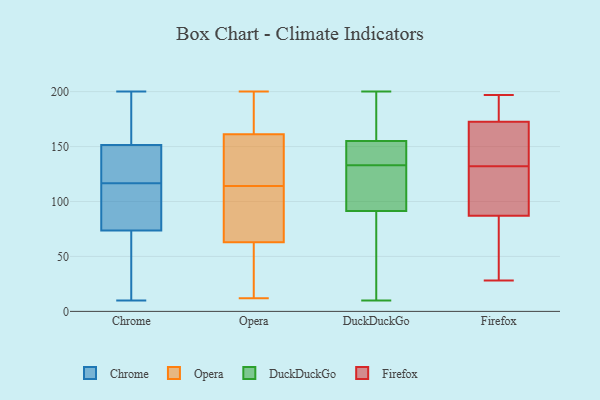
{"axis": {"x": "Customer Acquisition Cost (USD)", "y": "Value"}, "legend": ["Chrome", "DuckDuckGo", "Firefox", "Opera"], "data": [{"x": "", "y": 148, "type": "Chrome"}, {"x": "", "y": 90, "type": "Chrome"}, {"x": "", "y": 155, "type": "Chrome"}, {"x": "", "y": 163, "type": "Chrome"}, {"x": "", "y": 34, "type": "Chrome"}, {"x": "", "y": 119, "type": "Chrome"}, {"x": "", "y": 122, "type": "Chrome"}, {"x": "", "y": 114, "type": "Chrome"}, {"x": "", "y": 90, "type": "Chrome"}, {"x": "", "y": 175, "type": "Chrome"}, {"x": "", "y": 185, "type": "Chrome"}, {"x": "", "y": 86, "type": "Chrome"}, {"x": "", "y": 20, "type": "Chrome"}, {"x": "", "y": 134, "type": "Chrome"}, {"x": "", "y": 113, "type": "Chrome"}, {"x": "", "y": 61, "type": "Chrome"}, {"x": "", "y": 200, "type": "Chrome"}, {"x": "", "y": 130, "type": "Chrome"}, {"x": "", "y": 10, "type": "Chrome"}, {"x": "", "y": 35, "type": "Chrome"}, {"x": "", "y": 28, "type": "Opera"}, {"x": "", "y": 170, "type": "Opera"}, {"x": "", "y": 19, "type": "Opera"}, {"x": "", "y": 144, "type": "Opera"}, {"x": "", "y": 128, "type": "Opera"}, {"x": "", "y": 175, "type": "Opera"}, {"x": "", "y": 200, "type": "Opera"}, {"x": "", "y": 49, "type": "Opera"}, {"x": "", "y": 124, "type": "Opera"}, {"x": "", "y": 167, "type": "Opera"}, {"x": "", "y": 98, "type": "Opera"}, {"x": "", "y": 12, "type": "Opera"}, {"x": "", "y": 169, "type": "Opera"}, {"x": "", "y": 96, "type": "Opera"}, {"x": "", "y": 53, "type": "Opera"}, {"x": "", "y": 114, "type": "Opera"}, {"x": "", "y": 124, "type": "Opera"}, {"x": "", "y": 93, "type": "Opera"}, {"x": "", "y": 112, "type": "Opera"}, {"x": "", "y": 198, "type": "DuckDuckGo"}, {"x": "", "y": 123, "type": "DuckDuckGo"}, {"x": "", "y": 135, "type": "DuckDuckGo"}, {"x": "", "y": 155, "type": "DuckDuckGo"}, {"x": "", "y": 110, "type": "DuckDuckGo"}, {"x": "", "y": 49, "type": "DuckDuckGo"}, {"x": "", "y": 37, "type": "DuckDuckGo"}, {"x": "", "y": 145, "type": "DuckDuckGo"}, {"x": "", "y": 155, "type": "DuckDuckGo"}, {"x": "", "y": 133, "type": "DuckDuckGo"}, {"x": "", "y": 200, "type": "DuckDuckGo"}, {"x": "", "y": 98, "type": "DuckDuckGo"}, {"x": "", "y": 92, "type": "DuckDuckGo"}, {"x": "", "y": 76, "type": "DuckDuckGo"}, {"x": "", "y": 153, "type": "DuckDuckGo"}, {"x": "", "y": 178, "type": "DuckDuckGo"}, {"x": "", "y": 170, "type": "DuckDuckGo"}, {"x": "", "y": 91, "type": "DuckDuckGo"}, {"x": "", "y": 10, "type": "DuckDuckGo"}, {"x": "", "y": 81, "type": "Firefox"}, {"x": "", "y": 112, "type": "Firefox"}, {"x": "", "y": 194, "type": "Firefox"}, {"x": "", "y": 185, "type": "Firefox"}, {"x": "", "y": 84, "type": "Firefox"}, {"x": "", "y": 183, "type": "Firefox"}, {"x": "", "y": 149, "type": "Firefox"}, {"x": "", "y": 28, "type": "Firefox"}, {"x": "", "y": 79, "type": "Firefox"}, {"x": "", "y": 137, "type": "Firefox"}, {"x": "", "y": 132, "type": "Firefox"}, {"x": "", "y": 197, "type": "Firefox"}, {"x": "", "y": 60, "type": "Firefox"}, {"x": "", "y": 175, "type": "Firefox"}, {"x": "", "y": 122, "type": "Firefox"}, {"x": "", "y": 159, "type": "Firefox"}, {"x": "", "y": 96, "type": "Firefox"}, {"x": "", "y": 165, "type": "Firefox"}, {"x": "", "y": 102, "type": "Firefox"}]}